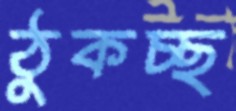
ঠুকচ্ছ